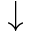
\downarrow